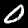
Digit: 0